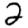
Digit: 2